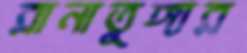
রানাতুঙ্গার